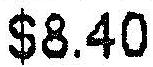
$8.40